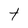
Character: t